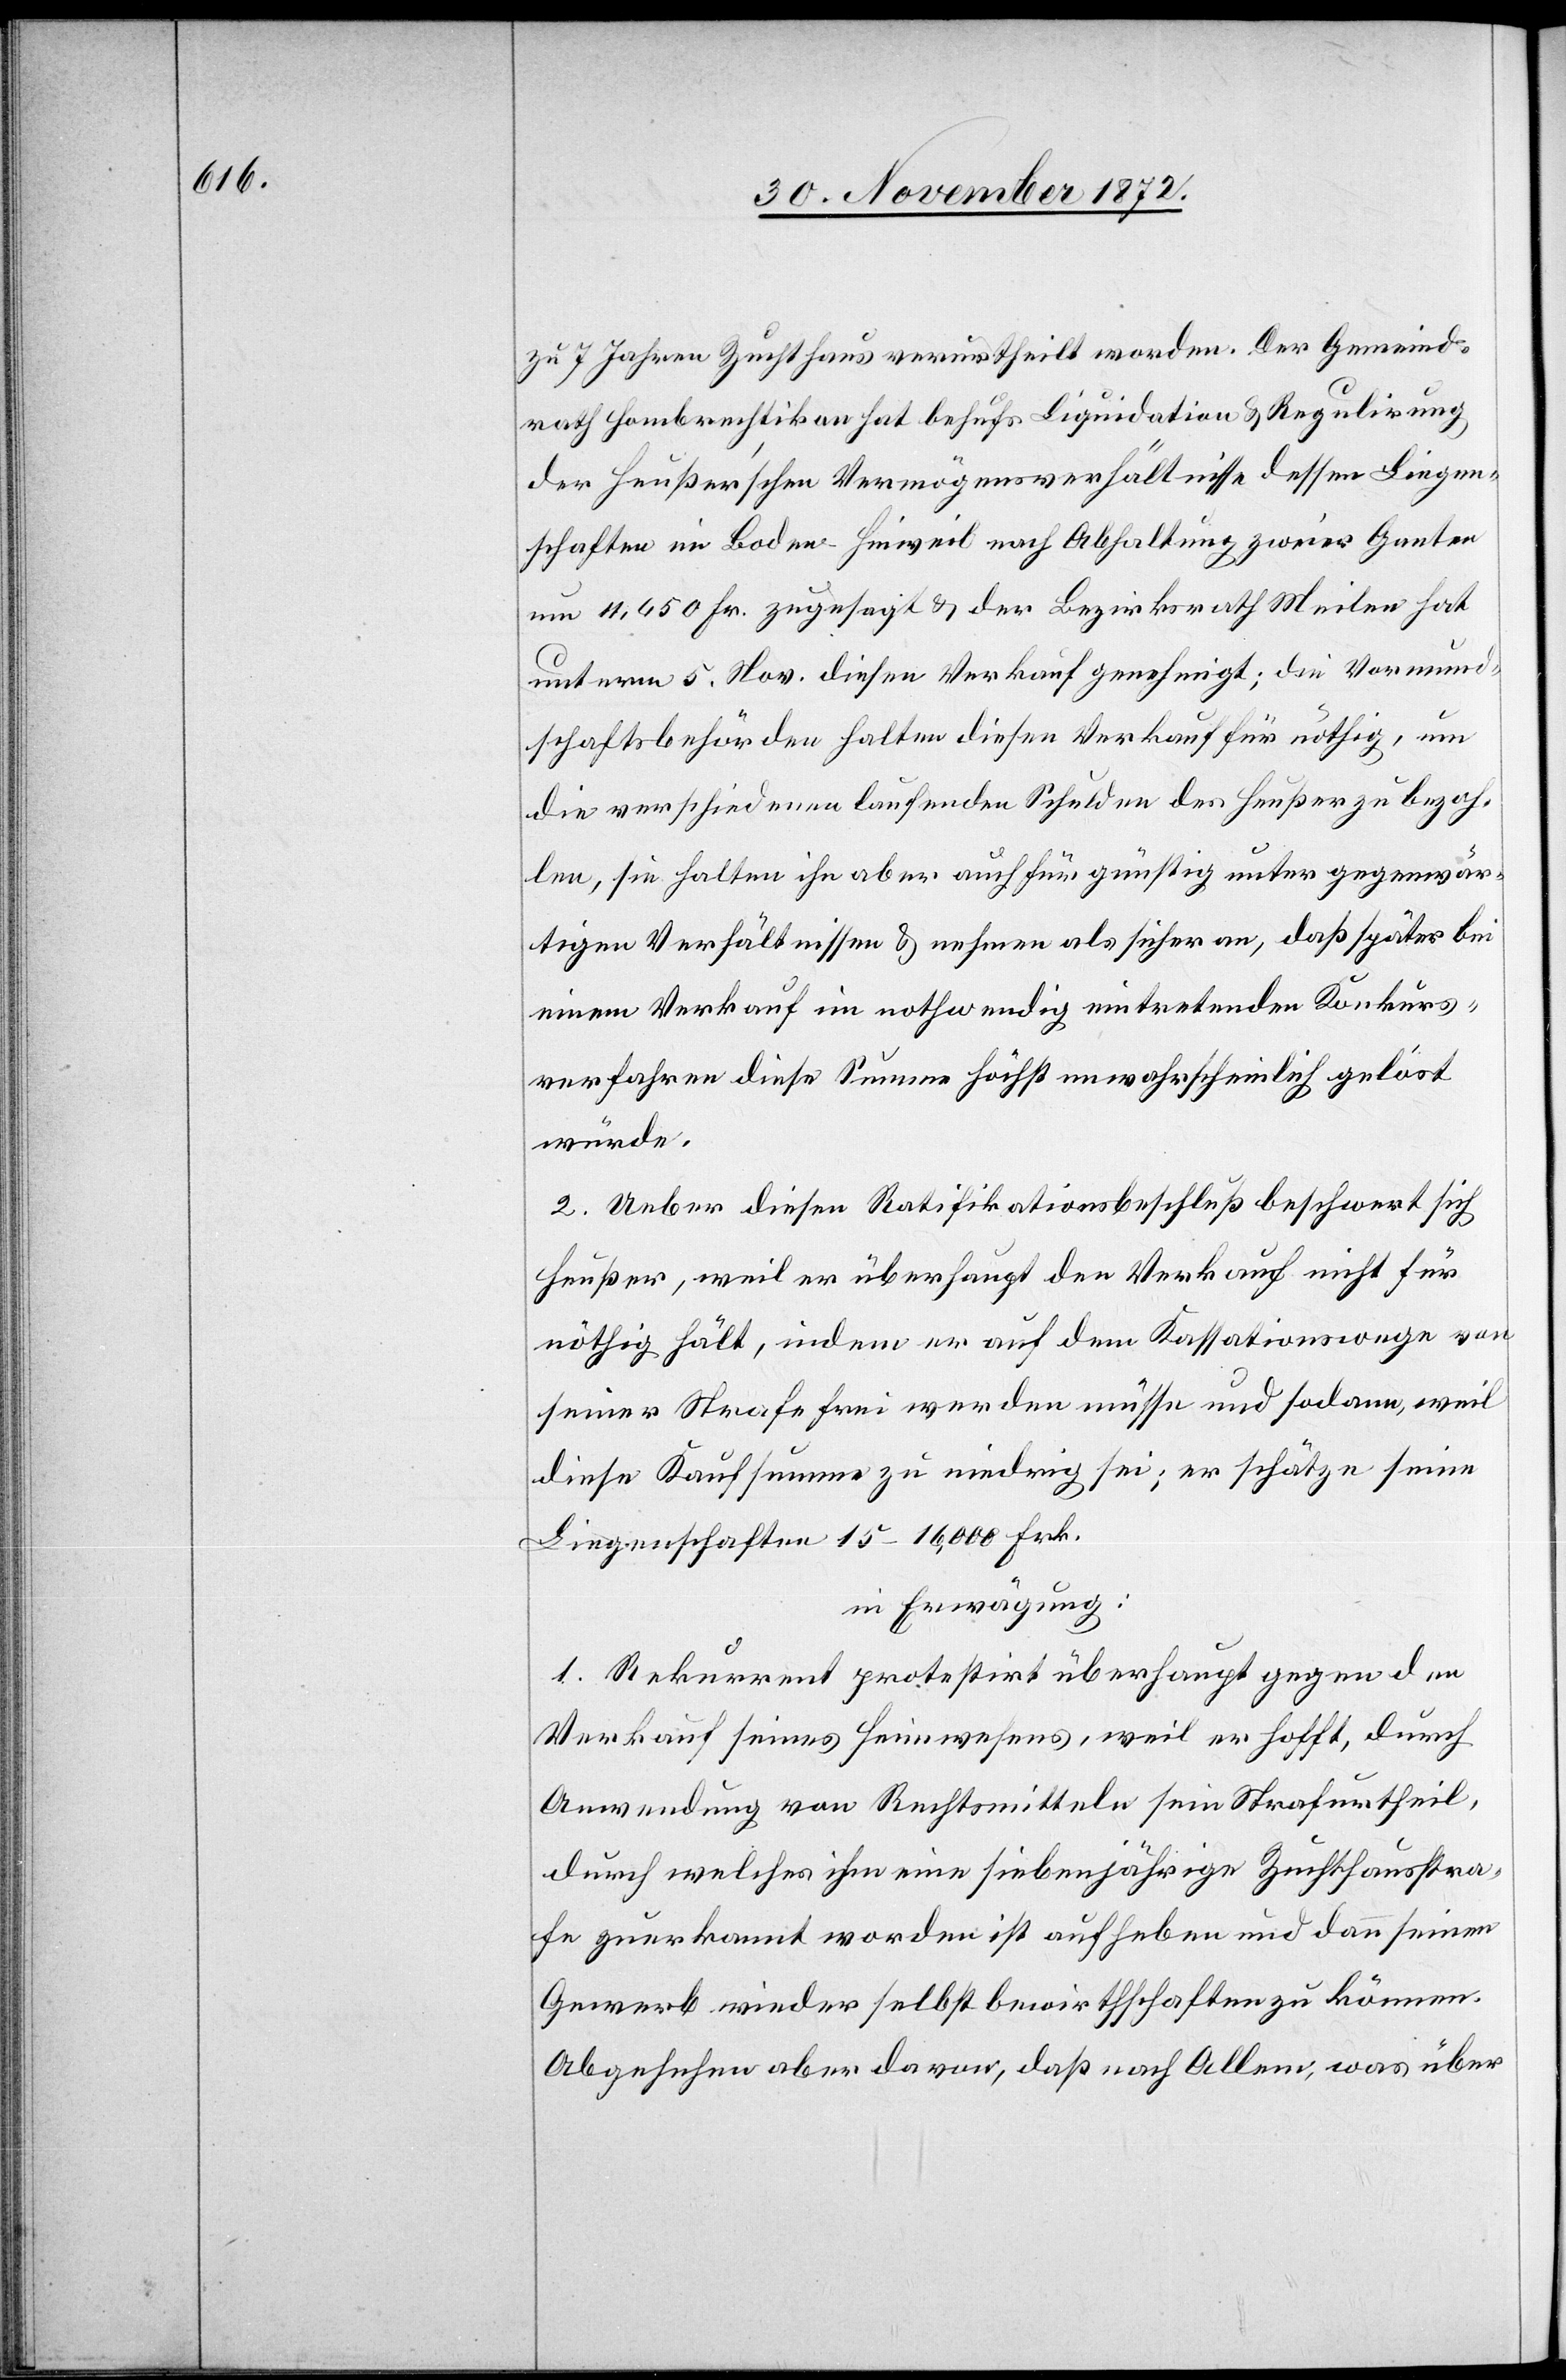
zu 7 Jahren Zuchthaus verurtheilt worden. Der Gemeind¬
rath Hombrechtikon hat behufs Liquidation u. Regulirung
der Heußer’schen Vermögensverhältnisse dessen Liegen¬
schaften im Boden - Hinweil nach Abhaltung zweier Ganten
um 11,650 Fr. zugesagt u. der Bezirksrath Meilen hat
unterm 5. Nov. diesen Verkauf genehmigt; die Vormund¬
schaftsbehörden halten diesen Verkauf für nöthig, um
die verschiedenen laufenden Schulden des Heußer zu bezah¬
len, sie halten ihn aber auch für günstig unter gegenwär¬
tigen Verhältnissen u. nehmen als sicher an, daß später bei
einem Verkauf im nothwendig eintretenden Konkurs¬
verfahren diese Summe höchst unwahrscheinlich gelöst
würde.
B.] Ueber diesen Ratifikationsbeschluß beschwert sich
Heußer, weil er überhaupt den Verkauf nicht für
nöthig hält, indem er auf dem Kassationswege von
seiner Strafe frei werden müsse und sodann, weil
diese Kaufsumme zu niedrig sei; er schätze seine
Liegenschaften 15–16,000 Frk.
in Erwägung:
1. Rekurrent protestirt überhaupt gegen den
Verkauf seines Heimwesens, weil er hofft, durch
Anwendung von Rechtsmitteln sein Strafurtheil,
durch welches ihm eine siebenjährige Zuchthausstra¬
fe zuerkannt worden ist aufheben und dann seinen
Gewerb wieder selbst bewirthschaften zu können.
Abgesehen aber davon, daß nach Allem, was über